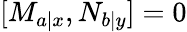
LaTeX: [M_{a|x},N_{b|y}]=0